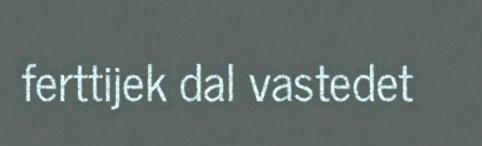
ferttijek dal vastedet